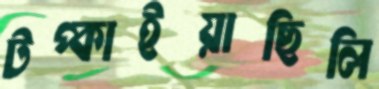
টপ্‌কাইয়াছিলি